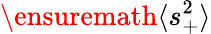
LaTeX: \ensuremath{\langle s_{+}^{2}\rangle}